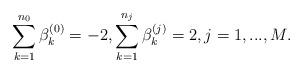
LaTeX: \begin{align*}\sum_{k=1}^{n_0}\beta_k^{(0)}=-2, \sum_{k=1}^{n_j}\beta_k^{(j)}=2, j=1,...,M.\end{align*}